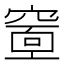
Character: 𥧘